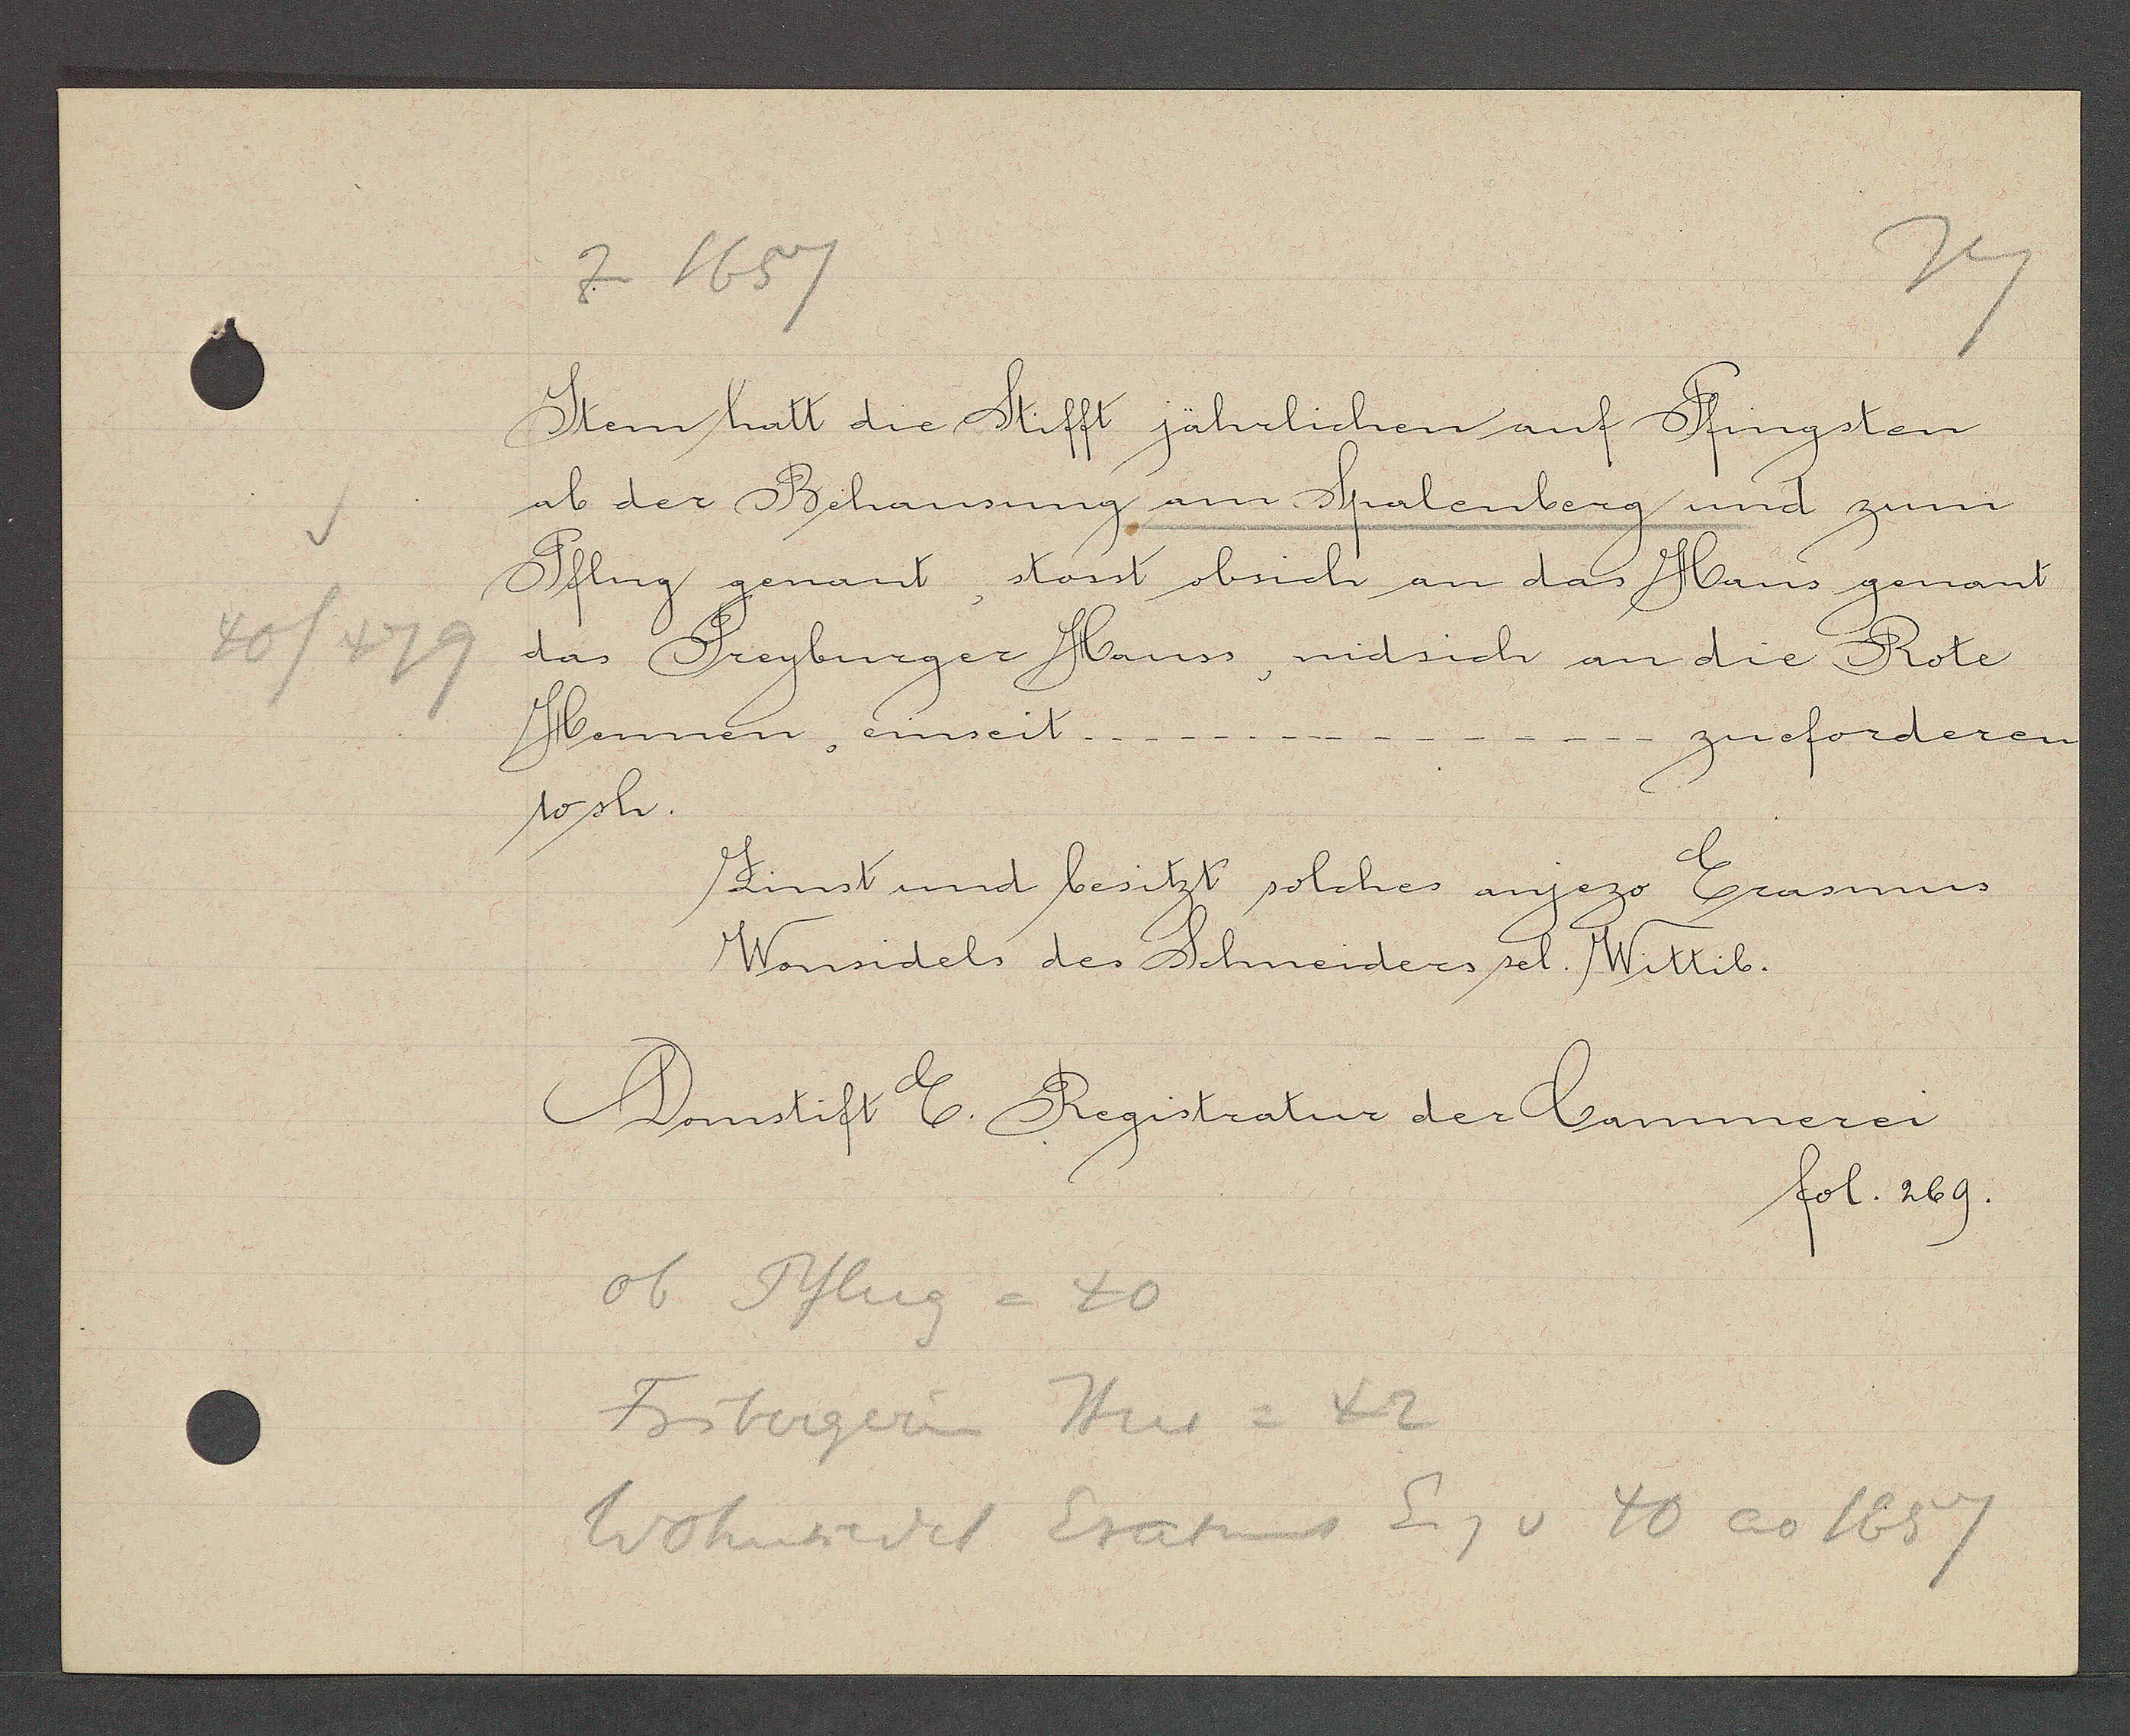
Transcript:
40/479

z 1657

Item hatt die Stifft jährlichen auf Pfingsten
ab der Behausung am Spalenberg und zum
Pflug genant, stosst obsich an das Haus genant
das Freyburger Hauss, nidsich an die Rote
Hennnen, einseit
zu forderen
10 sh.
Zinst und besitzt solches anjezo Erasmus
Wonsidels des Schneiders sel. Wittib.

Domstift E. Registratur der Cammerei,
fol. 269.

ob Pflug = 40
Fribergerin Hus = 42
Wohnsiedel Erasmus Eig v 40 ao 1657